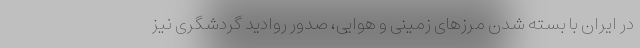
در ایران با بسته شدن مرزهای زمینی و هوایی، صدور روادید گردشگری نیز